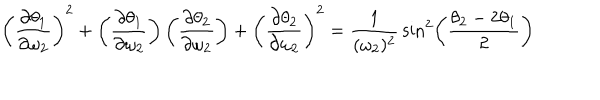
\left( { \frac { \partial \theta _ { 1 } } { \partial \omega _ { 2 } } } \right) ^ { 2 } + \left( { \frac { \partial \theta _ { 1 } } { \partial \omega _ { 2 } } } \right) \left( { \frac { \partial \theta _ { 2 } } { \partial \omega _ { 2 } } } \right) + \left( { \frac { \partial \theta _ { 2 } } { \partial \omega _ { 2 } } } \right) ^ { 2 } = { \frac { 1 } { ( \omega _ { 2 } ) ^ { 2 } } } \sin ^ { 2 } \left( { \frac { \theta _ { 2 } - 2 \theta _ { 1 } } { 2 } } \right)